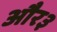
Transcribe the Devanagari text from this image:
और३